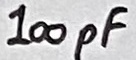
Text: 100pF